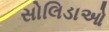
સોલિડાઓ